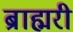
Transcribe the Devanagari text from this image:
ब्राह्मरी